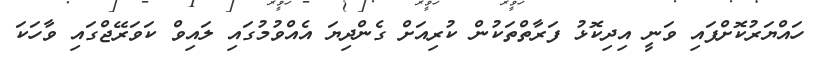
ހައްޔަރުކޮށްފައި ވަނީ އިދިކޮޅު ފަރާތްތަކުން ކުރިއަށް ގެންދިޔަ އެއްވުމުގައި ލައިވް ކަވަރޭޖްގައި ވާހަކަ